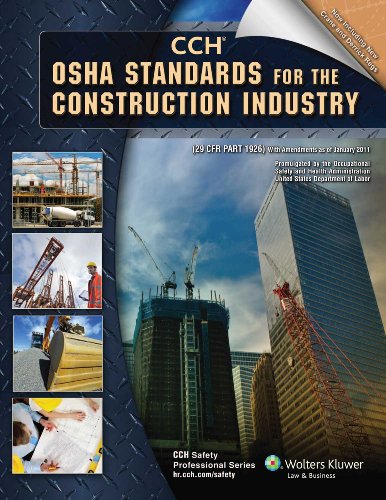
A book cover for OSHA Standards for the Construction Industry as of 01/2011; CCH Editorial Staff; Law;